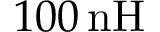
{ 1 0 0 } \, \mathrm { n H }